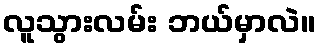
လူသွားလမ်း ဘယ်မှာလဲ။